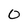
Character: 0